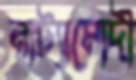
নাট্যামোদী